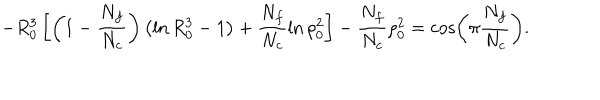
LaTeX: - R _ { 0 } ^ { 3 } \left[ \left( 1 - \frac { N _ { f } } { N _ { c } } \right) \left( \ln R _ { 0 } ^ { 3 } - 1 \right) + \frac { N _ { f } } { N _ { c } } \ln \rho _ { 0 } ^ { 2 } \right] - \frac { N _ { f } } { N _ { c } } \rho _ { 0 } ^ { 2 } = \cos \left( \pi \frac { N _ { f } } { N _ { c } } \right) .